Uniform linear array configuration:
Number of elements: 4
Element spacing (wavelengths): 1
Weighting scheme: cosine
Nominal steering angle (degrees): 0
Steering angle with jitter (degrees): -0.8416
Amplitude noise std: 0.05
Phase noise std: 0.05

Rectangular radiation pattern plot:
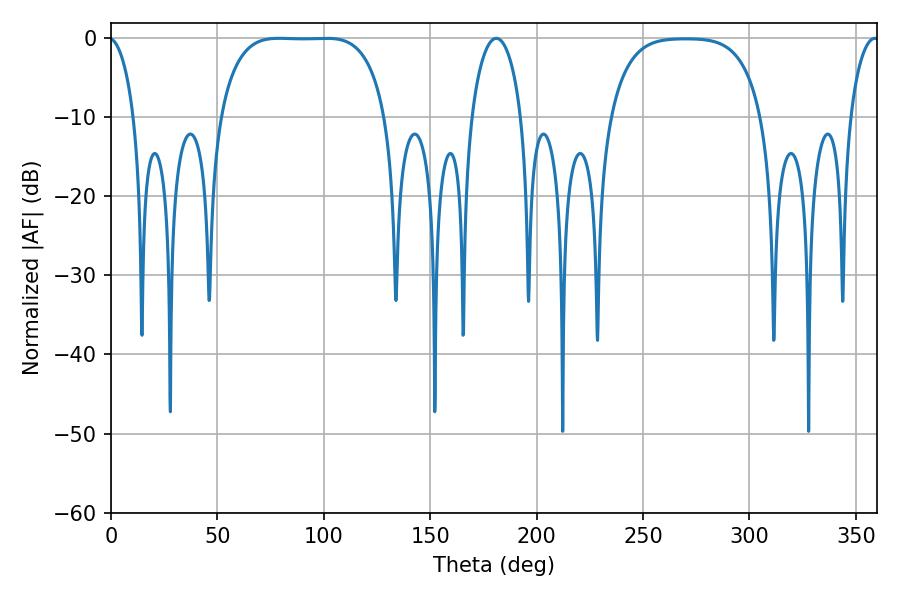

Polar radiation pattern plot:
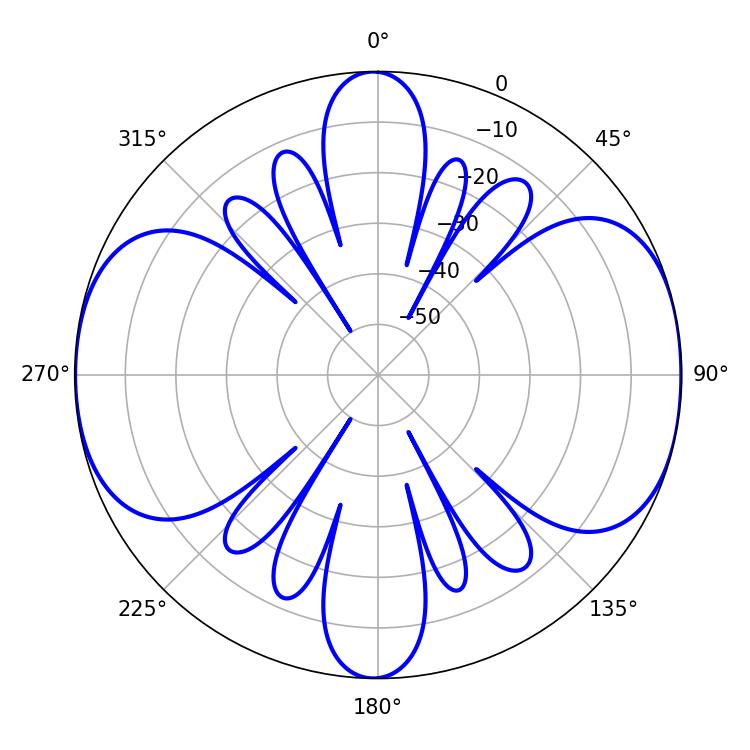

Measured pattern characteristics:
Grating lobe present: TRUE
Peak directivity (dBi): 11.442
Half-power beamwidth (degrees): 60.12
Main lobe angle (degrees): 79.02